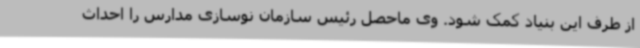
از طرف این بنیاد کمک شود. وی ماحصل رئیس سازمان نوسازی مدارس را احداث